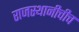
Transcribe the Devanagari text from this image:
राजस्थानीचीच